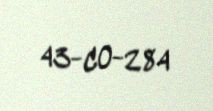
43-CO-284